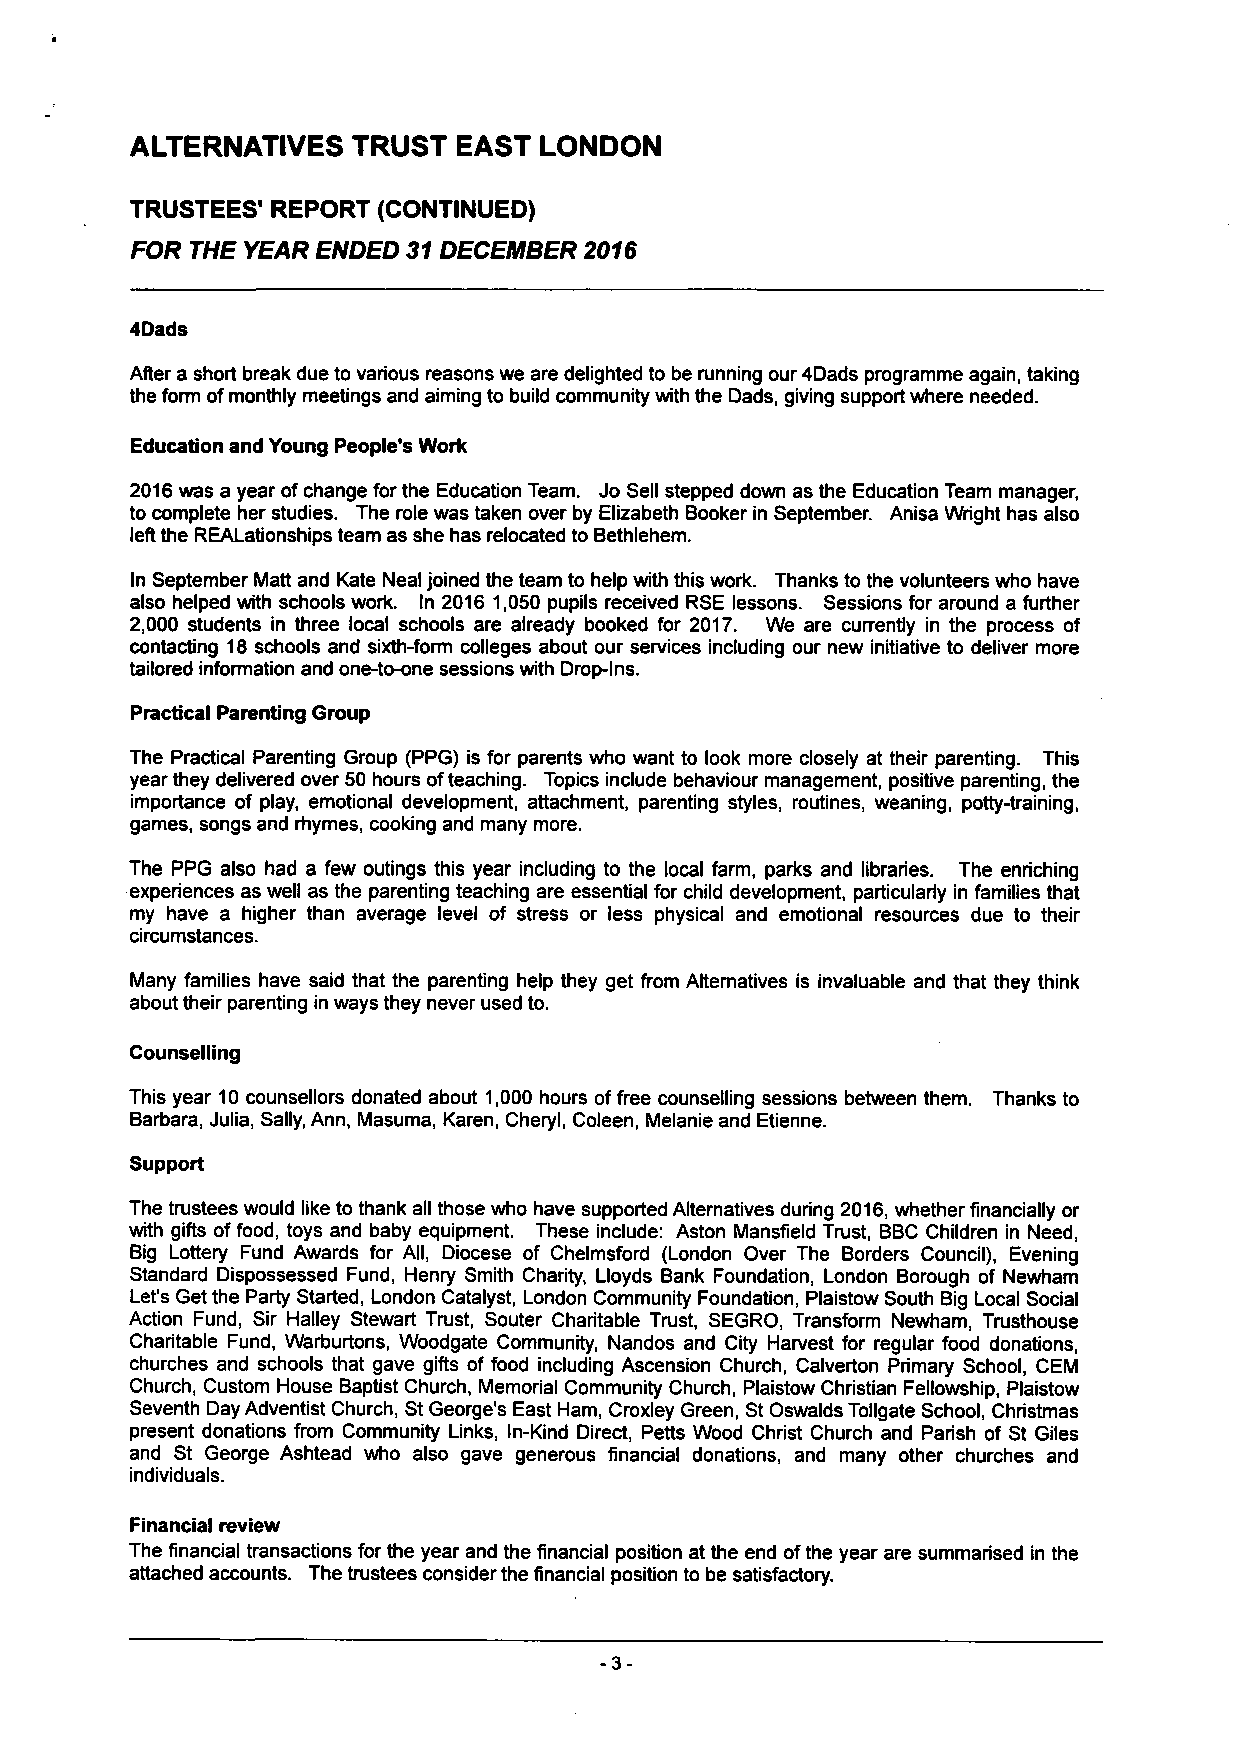
ALTERNATIVES  TRUST  EAST  LONDON
 TRUSTEES' REPORT (CONTINUED)
 FOR THE YEAR ENDED 31 DECEMBER 2016
 4Dads
 After a short break due to various reasons we are delighted to be running our 4Dads programme again, taking
 the form of monthly meetings and aiming to build community with the Dads, giving support where needed.
 Education and Young People's Work
 2016 was a year of change for the Education Team. Jo Sell stepped down as the Education Team manager,
 to complete her studies. The role was taken over by Elizabeth Booker in September. Anisa Wright has also
 left the REALationships team as she has relocated to Bethlehem.
 In September Matt and Kate Neal joined the team to help with this work. Thanks to the volunteers who have
 also helped with schools work. In 2016 1,050 pupils received RSE lessons. Sessions for around a further
 2,000 students in three local schools are already booked for 2017. We are currently in the process of
 contacting 18 schools and sixth-form colleges about our services including our new initiative to deliver more
 tailored information and one-to-one sessions with Drop-Ins.
 Practical Parenting Group
 The Practical Parenting Group (PPG) is for parents who want to look more closely at their parenting. This
 year they delivered over 50 hours of teaching. Topics include behaviour management, positive parenting, the
 importance of play, emotional development, attachment, parenting styles, routines, weaning, potty-training,
 games, songs and rhymes, cooking and many more.
 The PPG also had a few outings this year including to the local farm, parks and libraries. The enriching
 experiences as well as the parenting teaching are essential for child development, particularly in families that
 my have a higher than average level of stress or less physical and emotional resources due to their
 circumstances.
 Many families have said that the parenting help they get from Alternatives is invaluable and that they think
 about their parenting in ways they never used to.
 Counselling
 This year 10 counsellors donated about 1,000 hours of free counselling sessions between them. Thanks to
 Barbara, Julia, Sally, Ann, Masuma, Karen, Cheryl, Coleen, Melanie and Etienne.
 Support
 The trustees would like to thank all those who have supported Alternatives during 2016, whether financially or
 with gifts of food, toys and baby equipment. These include: Aston Mansfield Trust, BBC Children in Need,
 Big Lottery Fund Awards for All, Diocese of Chelmsford (London Over The Borders Council), Evening
 Standard Dispossessed Fund, Henry Smith Charity, Lloyds Bank Foundation, London Borough of Newham
 Let's Get the Party Started, London Catalyst, London Community Foundation, Plaistow South Big Local Social
 Action Fund, Sir Halley Stewart Trust, Souter Charitable Trust, SEGRO, Transform Newham, Trusthouse
 Charitable Fund, Warburtons, Woodgate Community, Nandos and City Harvest for regular food donations,
 churches and schools that gave gifts of food including Ascension Church, Calverton Primary School, CEM
 Church, Custom House Baptist Church, Memorial Community Church, Plaistow Christian Fellowship, Plaistow
 Seventh Day Adventist Church, St George's East Ham, Croxley Green, St Oswalds Tollgate School, Christmas
 present donations from Community Links, In-Kind Direct, Petts Wood Christ Church and Parish of St Giles
 and St George Ashtead who also gave generous financial donations, and many other churches and
 individuals.
 Financial review
 The financial transactions for the year and the financial position at the end of the year are summarised in the
 attached accounts. The tnjstees consider the financial position to be satisfactory.
 -3-